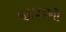
ઘટાડાઓ